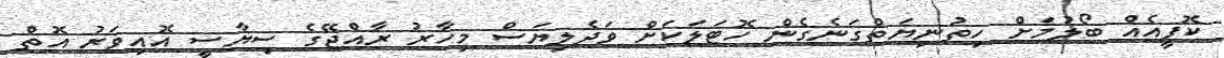
ކޮފީއެއް ބޯލުމަށް ހިތުނިޔަތްގަނެގެން ހޮޓަލަކަށް ވަދެލިޔަސް މިހާރު ރާއްޖޭގެ ސިޔާސީ އޮއިވަރު އޮތް